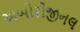
અબોરીજીનલ